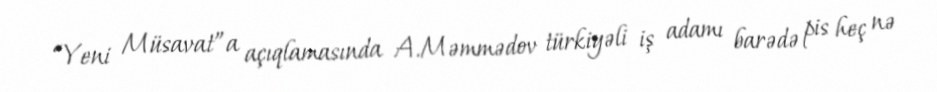
“Yeni Müsavat”a açıqlamasında A.Məmmədov türkiyəli iş adamı barədə pis heç nə